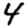
Digit: 4